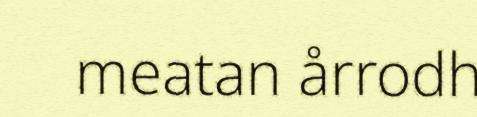
meatan årrodh